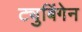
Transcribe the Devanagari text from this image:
ट्युबिंगेन